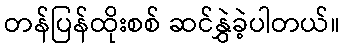
တန်ပြန်ထိုးစစ် ဆင်နွှဲခဲ့ပါတယ်။